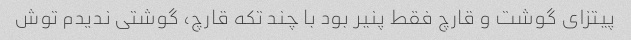
پیتزای گوشت و قارچ فقط پنیر بود با چند تکه قارچ، گوشتی ندیدم توش